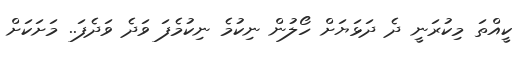
ކީއްތަ މިކުރަނީ ދެ ދަޅަޔަށް ހޯލުން ނިކުމެ ނިކުމެފަ ވަދެ ވަދެފަ.. މަށަކަށް